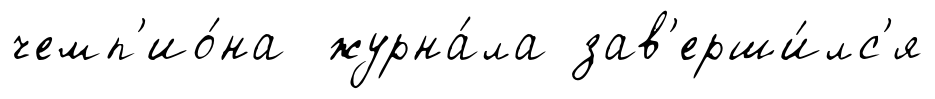
чемп'ио́на журна́ла зав'ерши́лс'я